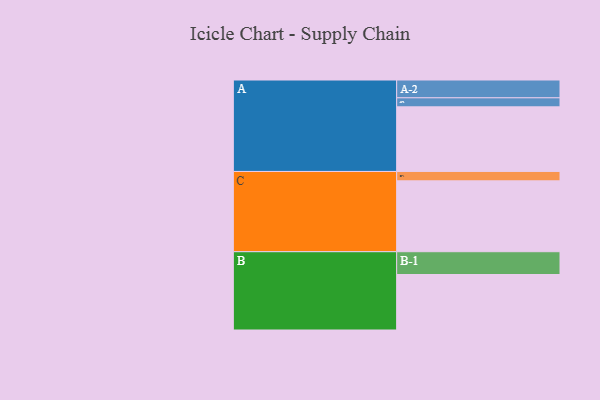
{"axis": {"x": "Segment", "y": "Value"}, "legend": ["", "A", "B", "C"], "data": [{"x": "A", "y": 530, "type": ""}, {"x": "B", "y": 455, "type": ""}, {"x": "C", "y": 581, "type": ""}, {"x": "A-1", "y": 74, "type": "A"}, {"x": "A-2", "y": 146, "type": "A"}, {"x": "B-1", "y": 187, "type": "B"}, {"x": "C-1", "y": 77, "type": "C"}]}